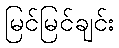
မြင်မြင်ချင်း